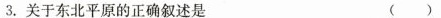
3.关于东北平原的正确叙述是 （）